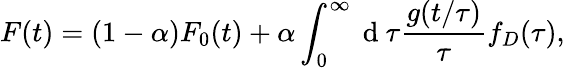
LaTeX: F(t)=(1-\alpha)F_{0}(t)+\alpha\int_{0}^{\infty}\mathrm{~d~}\tau\frac{g(t/\tau)}{\tau}f_{D}(\tau),